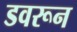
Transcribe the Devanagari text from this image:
डवरून